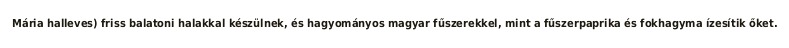
Mária halleves) friss balatoni halakkal készülnek, és hagyományos magyar fűszerekkel, mint a fűszerpaprika és fokhagyma ízesítik őket.